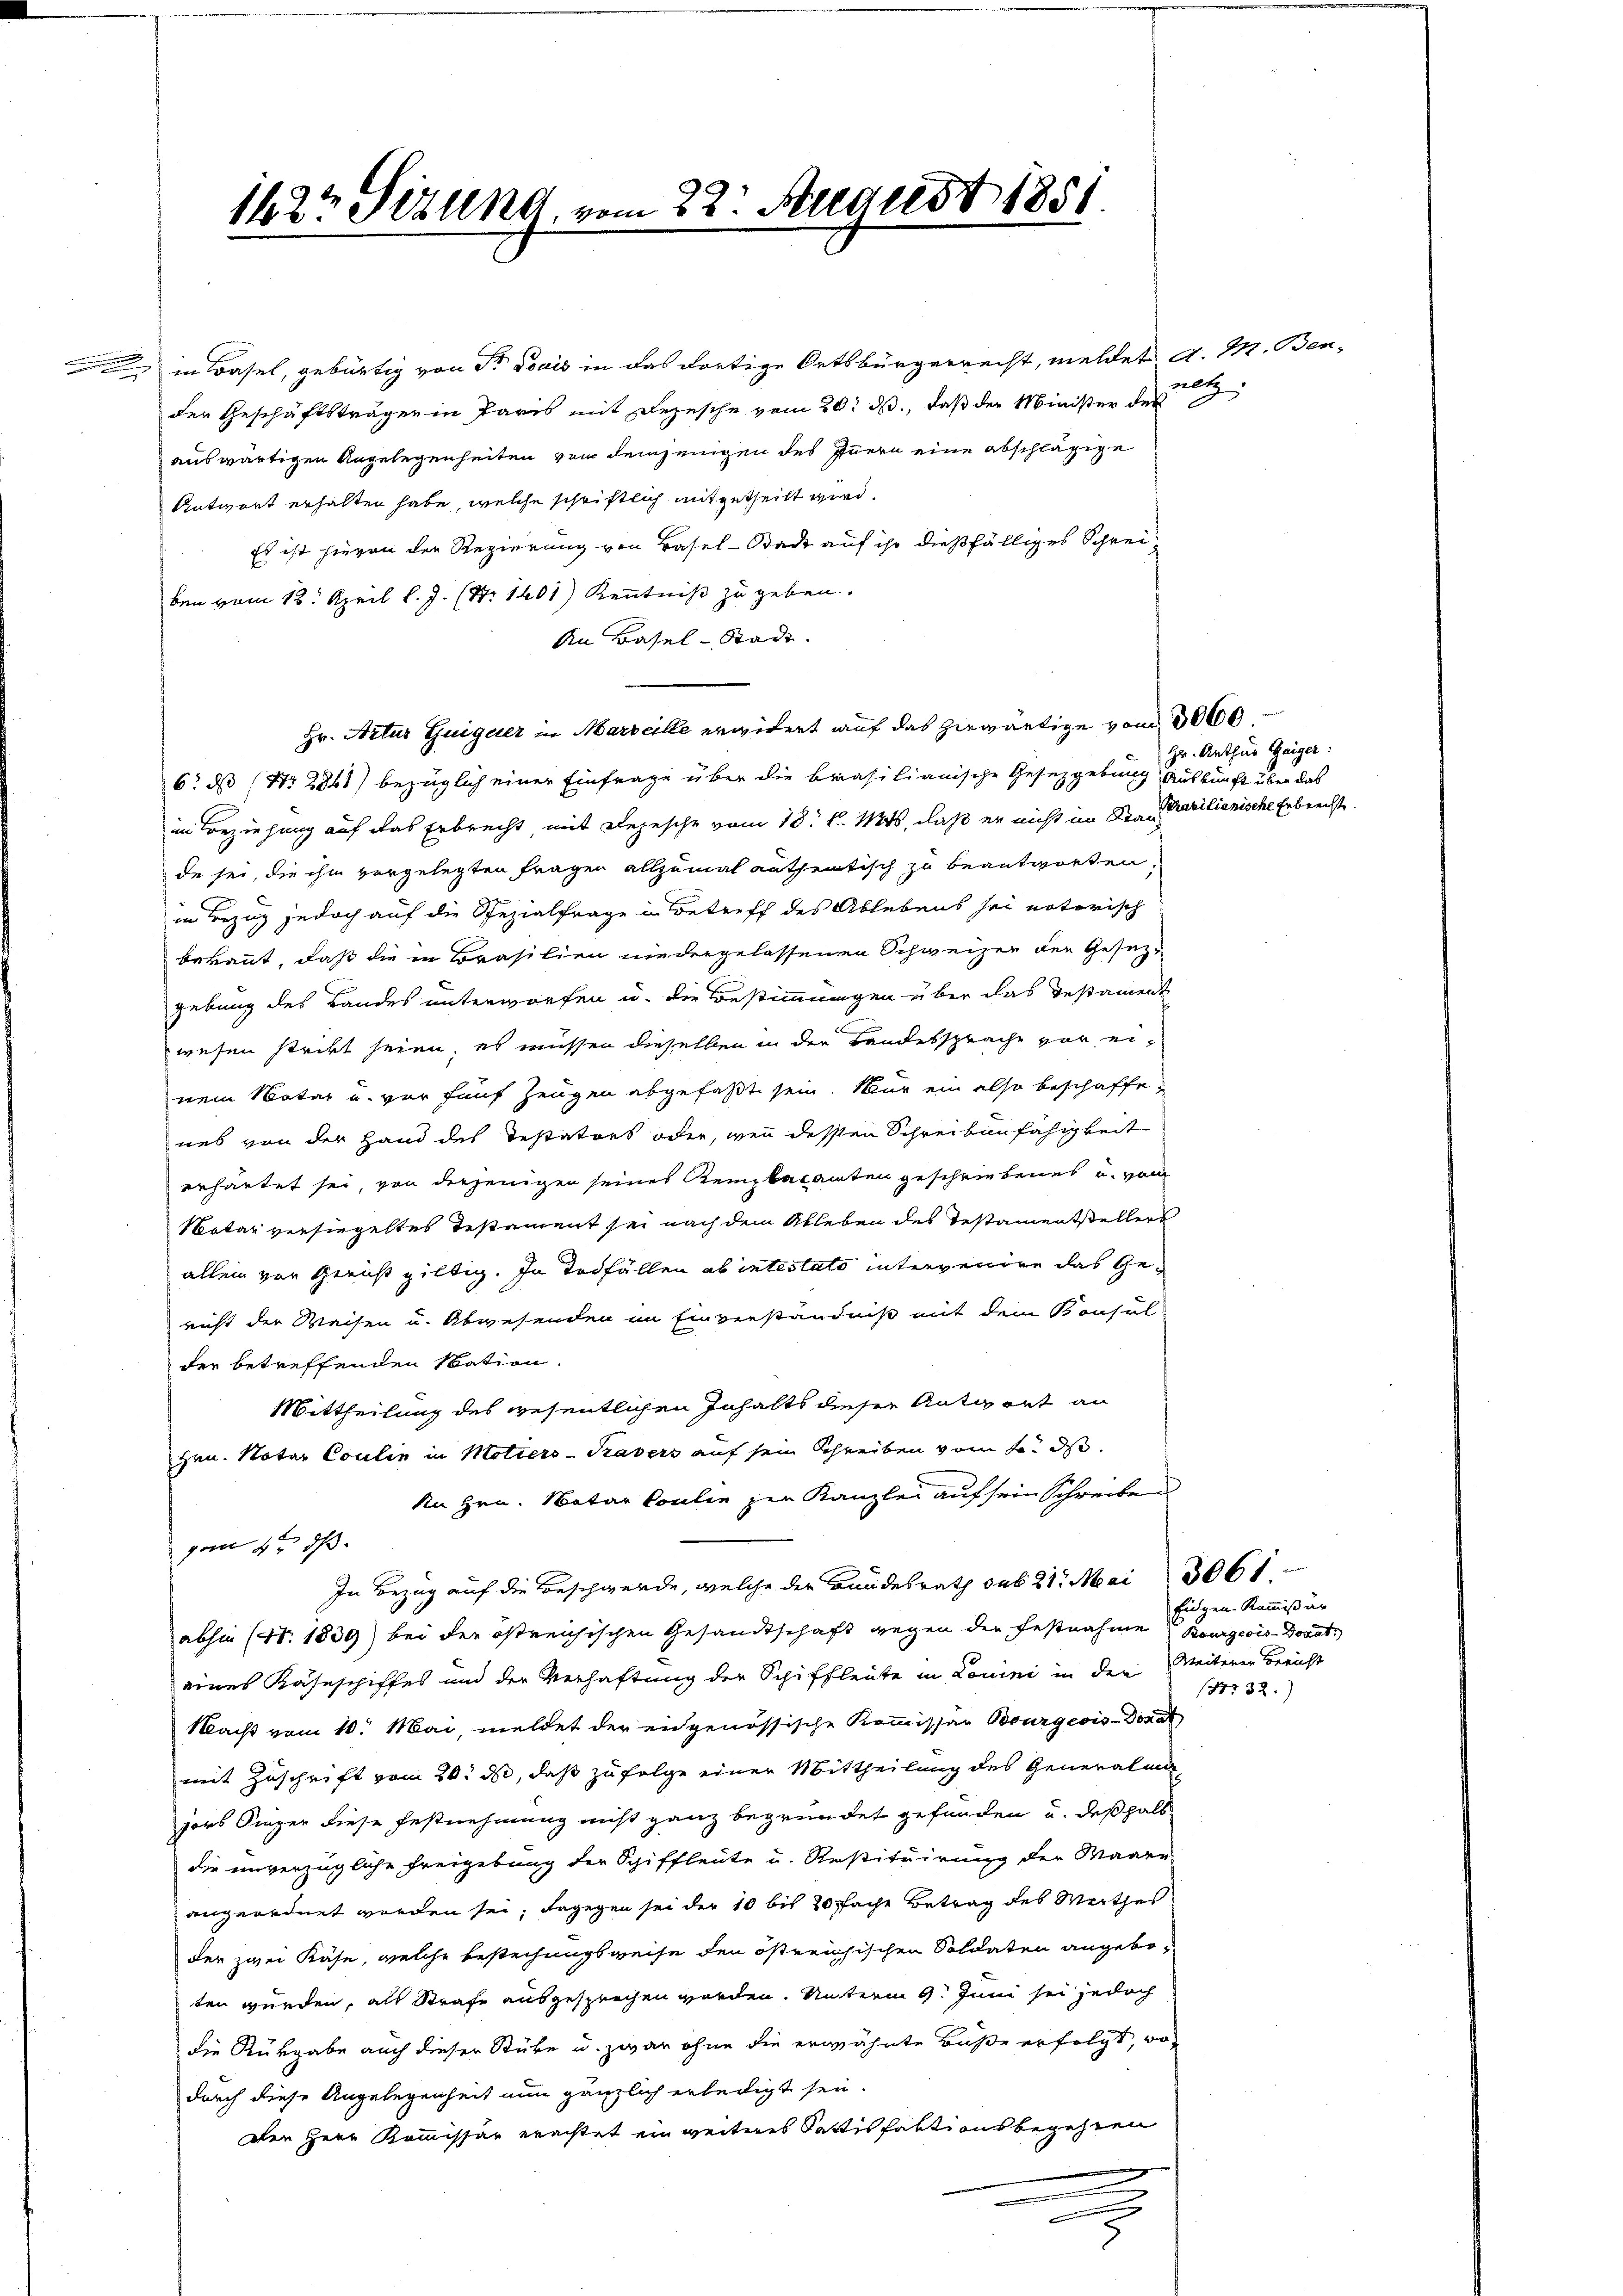
.

in Basel, gebürtig von Dr Louis in das dortige Ortsbürgerrecht, meldet A. M. Bender Geschäftsträgen in Paris mit Depesche vom 20. ds., daß der Minister der
auswärtigen Angelegenheiten von demjenigen des Innern eine abschlägige
Antwort erhalten habe, welche schriftlich mitgetheilt wird.
Es ist hievon der Regierung von Basel-Stack auf ihr dießfälliges Schreiben vom 18. April l. J. (N. 1601) Kenntniß zu geben.
An Basel-Stadt.
Hr. Artur Guigeier in Marseille erwidert auf das herwärtige vom 30000.
6. ds (Nr. 2841) bezüglich einer Einfrage über die Brasilianische Gesetzgebung Auskunft über das
in Beziehung auf das Erbrecht, mit Depesche vom 18t d. 146, daß er nicht im St. Marilianische Erbrechste
de sei, die ihm vorgelegten Fragen allzumal antheatisch zu beantworten.
in Bezug jedoch auf die Spezialfrage in Betreff des Ablebens sei notorisch
bekannt, daß die in Brasilien niedergelassenen Schweizer der Gesezgebung des Landes unterworfen u. die Bestimmungen über das Testament
wesen strikt seien, es müssen dieselben in der Landessprache vor einem Notar und vor fünf Zeugen abgefaßt sein. Nur ein also beschaffe,
nes von der Hand des Testators oder, wenn dessen Schreibunfähigkeit
erhärtet sei, von derjenigen seines Kemptacanten geschriebenes u. von
Notar versiegeltes Testament sei nach dem Ableben des Testamentstellers
allein von Gericht giltig. In Todfällen ab intestato intervenire das Gericht der Weisen u. Abwesenden im Einverständniß mit dem Konsul
der betreffenden Nation.
Mittheilung des wesentlichen Inhalts dieser Antwort an
Hrn. Notar Coulin in Motiers - Kasers auf sein Schreiben vom L. ds.
An Hrn. Natar Coulin zur Kanzlei auf sein Schreiben
vom 4ten d
In Bezug auf die Beschwerde, welche der Bundesrath sub 21. Mai 366 f
absie (Nr. 1839) bei der östreichischen Gesandtschaft gegen der Festnahme Bourgeois-Dovat
eines Kaseschiffes und der Verhaftung der Schiffleute in Louini in der Weiterer Bericht
Nacht vom 10. Mai, meldet der eidgenössische Kommissar Bourgeois-Donat
mit Zuschrift vom 20. d, daß zu folge einer Mittheilung des Generalanjors Singer diese Festnehmung nicht ganz begründet gefunden u. deßhalb
die unverzügliche Freigebung der Schiffleute u. Restituirung der Waare
angeordnet worden sei; dagegen sei der 10 bis 20 ffache Betrag des Werthes
der zwei Käse, welche Bestechungsweise den östreichischen Soldaten angeboten wurden, als Strafe ausgesprechen worden. Unterm 9. Juni sei jedoch
die Rückgabe auch dieser Stüke u. zwar ohne die erwähnte Buße erfolgt, wo-
durch diese Angelegenheit nun gänzlich erledigt sei.
den Herr Kommissar erachtet ein weiteres Sattis faktionsbegehren

1622 Stund vom 22. August 1851

x

alt

Hr. Arthur Zeiger:

Eidgen. Kommißär
Nr 32.)